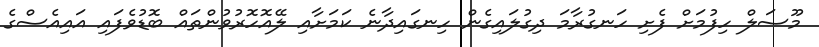
މޫސަލް ހިފުމަށް ފެށި ހަނގުރާމަ ދިގުލައިގެން ހިނގައިދާނެ ކަމަށާއި ލޭއޮހޮރުވުންތައް ބޮޑުވެފައި އައިއެސްގެ